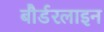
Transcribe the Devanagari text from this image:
बौर्डरलाइन